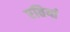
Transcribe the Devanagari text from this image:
रतियां